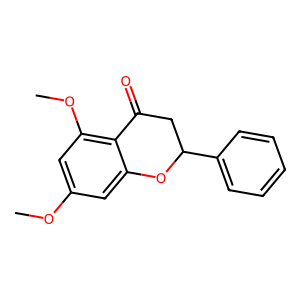
SMILES: COc1cc(OC)c2c(c1)OC(c1ccccc1)CC2=O
Inhibits HIV replication: No